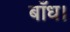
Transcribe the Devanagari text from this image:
बाँध।